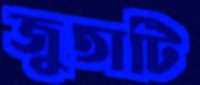
জুতাটি